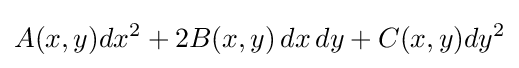
A(x,y)dx^{2}+2B(x,y)\,dx\,dy+C(x,y)dy^{2}